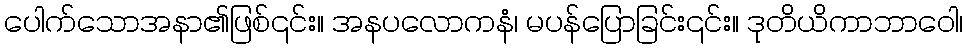
ပေါက်သောအနာ၏ဖြစ်၎င်း။ အနပလောကနံ၊ မပန်ပြောခြင်း၎င်း။ ဒုတိယိကာဘာဝေါ၊